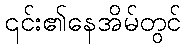
၎င်း၏နေအိမ်တွင်